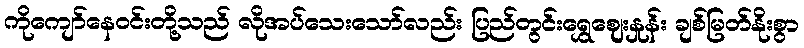
ကိုကျော်နေဝင်းတို့သည် လိုအပ်သေးသော်လည်း ပြည်တွင်းရွှေဈေးနှုန်း ချစ်မြတ်နိုးစွာ